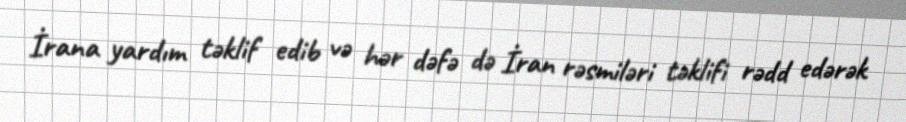
İrana yardım təklif edib və hər dəfə də İran rəsmiləri təklifi rədd edərək